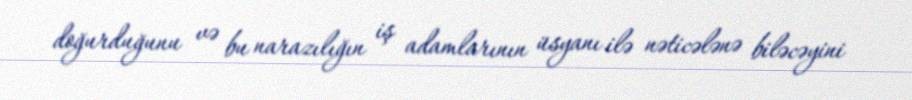
doğurduğunu və bu narazılığın iş adamlarının üsyanı ilə nəticələnə biləcəyini